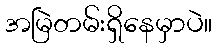
အမြဲတမ်းရှိနေမှာပဲ။